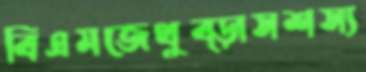
বিএমজেথুব্‌ড়াসশস্য